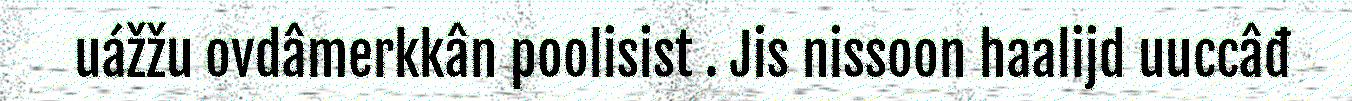
uážžu ovdâmerkkân poolisist . Jis nissoon haalijd uuccâđ